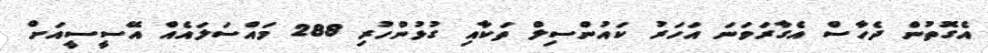
އެގޮތުން ދެހާސް އެގާރަވަނަ އަހަރު ކައުންސިލް ތަކާއި ގުޅުންހުރި 288 މައްސަލައެއް އޭސީސީއަށް